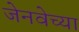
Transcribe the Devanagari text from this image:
जेनवेच्या